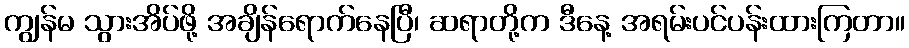
ကျွန်မ သွားအိပ်ဖို့ အချိန်ရောက်နေပြီ၊ ဆရာတို့က ဒီနေ့ အရမ်းပင်ပန်းထားကြတာ။